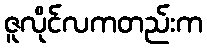
ဇူလိုင်လကတည်းက